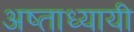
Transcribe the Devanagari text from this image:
अष्ताध्यायी